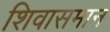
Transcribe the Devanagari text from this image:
शिवासमान